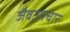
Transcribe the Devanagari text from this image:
जैवउपचार